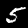
Label: 5